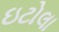
ઇટોલા